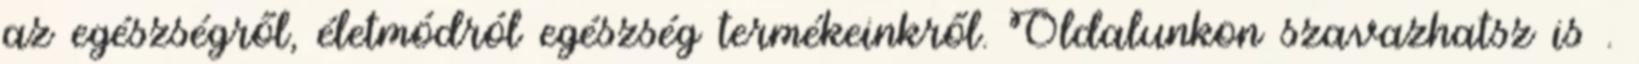
az egészségről, életmódról egészség termékeinkről. Oldalunkon szavazhatsz is .